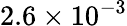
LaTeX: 2.6\times 10^{-3}